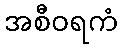
အစီဝရကံ